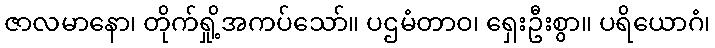
ဇာလမာနော၊ တိုက်ရှို့အကပ်သော်။ ပဌမံတာဝ၊ ရှေးဦးစွာ။ ပရိယောဂံ၊